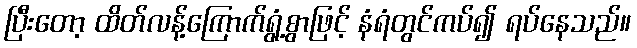
ပြီးတော့ ထိတ်လန့်ကြောက်ရွံ့စွာဖြင့် နံရံတွင်ကပ်၍ ရပ်နေသည်။